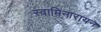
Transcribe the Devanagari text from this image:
स्वामिनारायन